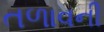
તળાવની